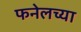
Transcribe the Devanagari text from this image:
फनेलच्या